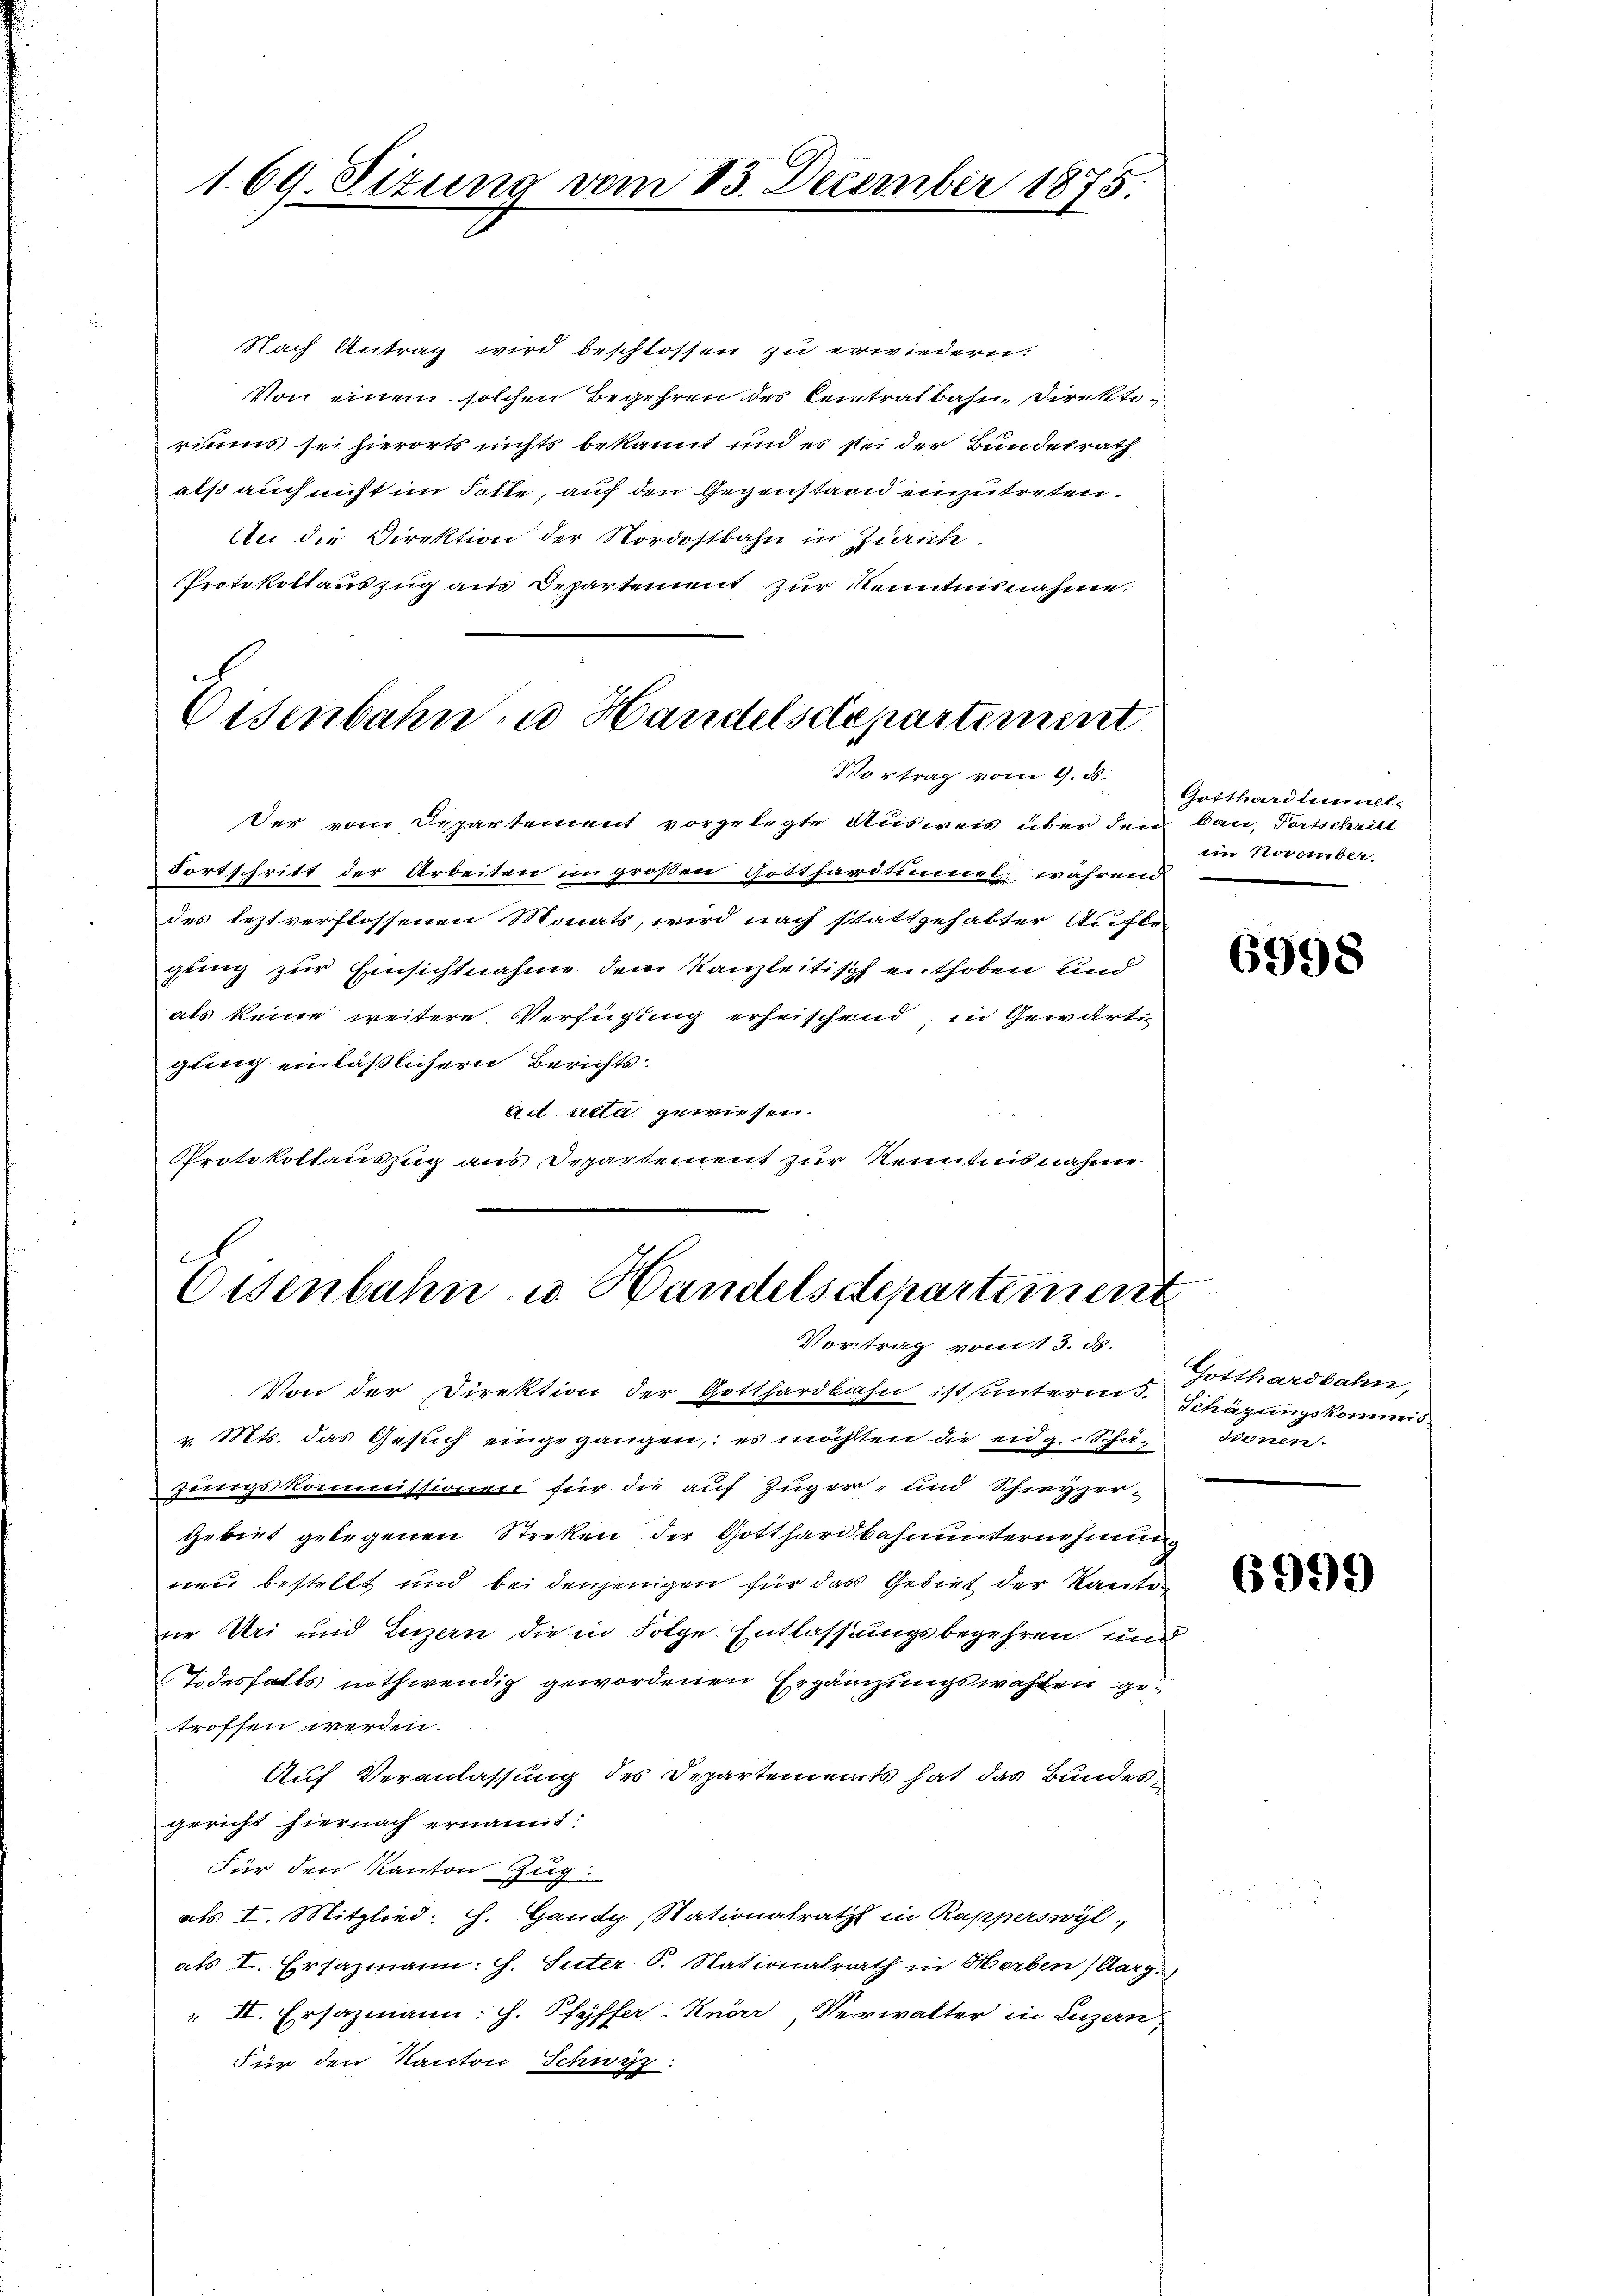
169. Situng vom 13. Dezember 1875.

Nach Antrag wird beschlossen zu erwiedern.
Von einem solchen Begehren des Centrat bahn, Direktiriums sei hierorts nichts bekannt und es sei der Bundesrath
also auch nicht im Gatte, auf den Gegenstand einzutreten.
An die Direktion der Nordostbahn in Zürich
Protokollauszug aus Departement zur Kenntnisnahme.

Eisenbahn u Handelsdepartement
Vortrag vom 9. ds.

Der vom Departement vorgelegte Ausweis über den baue, Fortschritt
Fortschritt der Arbeiten im großen Gotthardtimmel während
des leztverflossenen Monats, wird nach stattgehabter Aufle
gung zur Einsichtnahme dem Kanzleitisch enthoben und
als keine weitere Verfügung erheischend, in Gewärti-
gling einläßlichern Berichtsad acta gewiesen.
Protokollauszug aus Departement zur Kenntnisnahme

Eisenbahn u. Handelsdepartement
Vortrag vom 13. ds.

Von der Direktion der Gotthardbahn ist unterm. Schügungskommis
v. Mts. das Gesuch eingegangen, es möchten die eidg. Schäunngskommissionen für die auf Zuger, und Schreyzergebiet gelegenen Streken der Gotthardbahnunternehmung
neu bestellt und bei denjenigen für das Gebiet der Kanton
ne Uri und Luzern die in Folge Entlassungsbegehren und
Todesfalls nothwendig gewordenen Ergänzungswahlen getroffen werden.
Auf Veranlassung des Departements hat das Bundesgericht hiernach ernannt:
Für den Kanton Zug.
als I. Mitglied. h. Gaudy, Nationalrath in Rapperswyl,
als I. Ersazmann: J. Suter P. Nationalrath in Horben) Aarg.
" II. Ersazmann: H. Pfyffer Knör, Verwalter in Luzern,
Für den Kanton Schwyz.

Gotthardtunnel
imm November.

6998

Gotthardbahn,
Sinnen.

6995